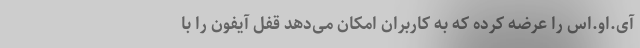
آی.او.اس را عرضه کرده که به کاربران امکان می‌دهد قفل آیفون را با